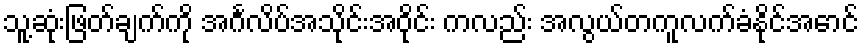
သူ့ဆုံးဖြတ်ချက်ကို အင်္ဂလိပ်အသိုင်းအဝိုင်း ကလည်း အလွယ်တကူလက်ခံနိုင်အောင်